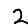
Digit: 2